Leaving Certificate Examination (including Day School Certificate (Higher) General paper), 1936
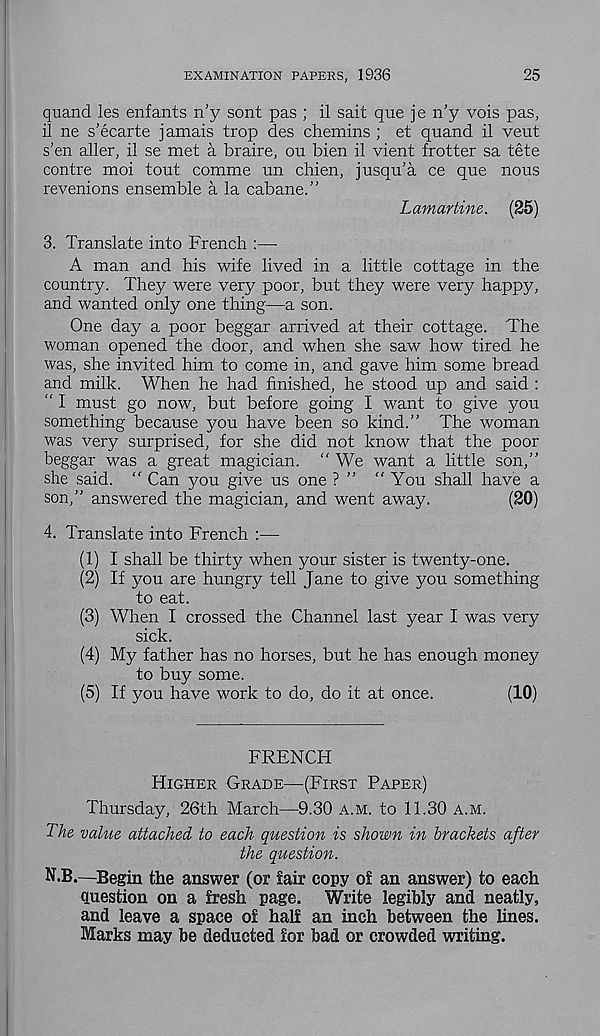
EXAMINATION PAPERS, 1936
25
quand les enfants n’y sont pas ; il salt que je n’y vois pas,
il ne s’ecarte jamais trop des chemins ; et quand il veut
s'en aller, il se met a braire, ou bien il vient frotter sa tete
centre moi tout comme un chien, jusqu’a ce que nous
revenions ensemble a la cabane.”
Lamartine. (25)
3. Translate into French :—
A man and his wife lived in a little cottage in the
country. They were very poor, but they were very happy,
and wanted only one thing—a son.
One day a poor beggar arrived at their cottage. The
woman opened the door, and when she saw how tired he
was, she invited him to come in, and gave him some bread
and milk. When he had finished, he stood up and said :
“ I must go now, but before going I want to give you
something because you have been so kind.” The woman
was very surprised, for she did not know that the poor
beggar was a great magician. “ We want a little son,”
she said. " Can you give us one ? ” “You shall have a
son,” answered the magician, and went away.
(20)
4. Translate into French :—
(1) I shall be thirty when your sister is twenty-one.
(2) If you are hungry tell Jane to give you something
to eat.
(3) When I crossed the Channel last year I was very
sick.
(4) My father has no horses, but he has enough money
to buy some.
(5) If you have work to do, do it at once.
(10)
FRENCH
HIGHER GRADE—(FIRST PAPER)
Thursday, 26th March—9.30 A.M. to 11.30 A.M.
The value attached to each question is shown in brackets after
the question.
N.B.—Begin the answer (or fair copy of an answer) to each
question on a fresh page. Write legibly and neatly,
and leave a space of half an inch between the lines.
Marks may be deducted for bad or crowded writing.